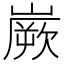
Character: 嶡